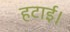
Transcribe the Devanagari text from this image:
हटाई।